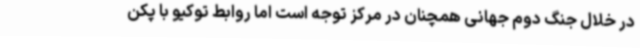
در خلال جنگ دوم جهانی همچنان در مرکز توجه است اما روابط توکیو با پکن